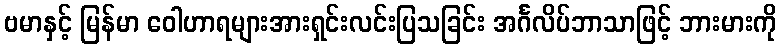
ဗမာနှင့် မြန်မာ ဝေါဟာရများအားရှင်းလင်းပြသခြင်း အင်္ဂလိပ်ဘာသာဖြင့် ဘားမားကို